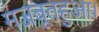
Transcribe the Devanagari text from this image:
मजबूतहुआ।